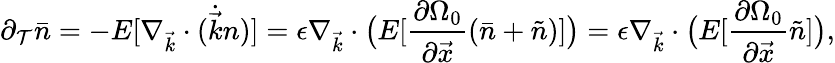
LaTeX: \partial_{\mathcal{T}}\bar{{n}}=-E[\nabla_{\vec{{k}}}\cdot(\dot{{\vec{{k}}}}n)]=\epsilon\nabla_{\vec{{k}}}\cdot\big(E[\frac{{\partial\Omega_{0}}}{{\partial\vec{{x}}}}(\bar{{n}}+\tilde{{n}})]\big)=\epsilon\nabla_{\vec{{k}}}\cdot\big(E[\frac{{\partial\Omega_{0}}}{{\partial\vec{{x}}}}\tilde{{n}}]\big),